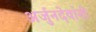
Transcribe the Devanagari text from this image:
अर्जुनदेवांनी